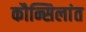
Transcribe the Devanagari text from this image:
कौन्सिलांत